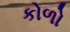
કોળો